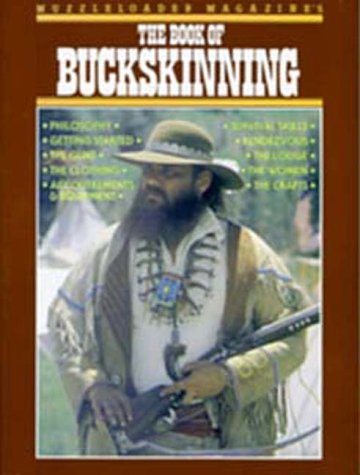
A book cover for Muzzleloader Magazine's The Book of Buckskinning; William H. Scurlock; Crafts, Hobbies & Home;